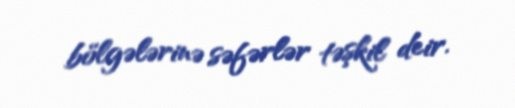
bölgələrinə səfərlər təşkil deir.